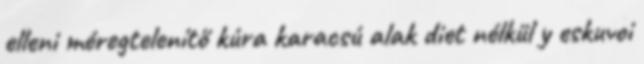
elleni méregtelenítő kúra karacsú alak diet nélkül y eskuvoi